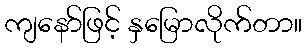
ကျနော်ဖြင့် နှမြောလိုက်တာ။